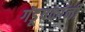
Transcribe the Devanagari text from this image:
गंडूषकांनीं